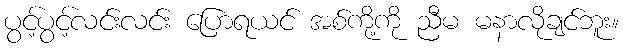
ပွင့်ပွင့်လင်းလင်း ပြောရယင် အစ်ကို့ကို ညီမ မနာလိုချင်ဘူး။